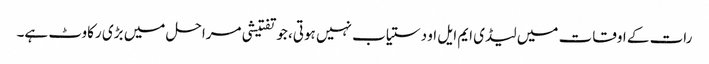
رات کے اوقات میں لیڈی ایم ایل او دستیاب نہیں ہوتی، جو تفتیشی مراحل میں بڑی رکاوٹ ہے۔